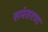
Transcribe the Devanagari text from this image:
समंतरण